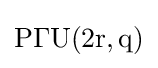
\mathrm {P\Gamma U(2r,q)}